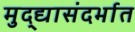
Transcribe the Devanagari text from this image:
मुद्द्यासंदर्भात